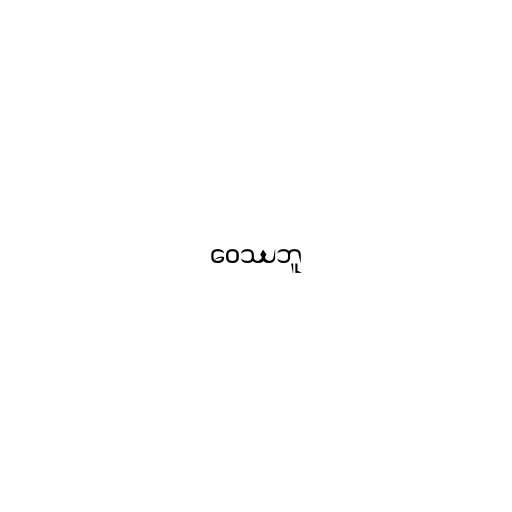
ဝေဿဘူ